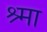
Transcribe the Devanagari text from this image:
श्र्मा